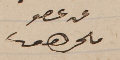
عن عضو ملحم  سعيفان